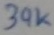
Text: 39K